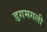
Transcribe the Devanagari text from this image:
डगमगली